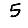
Digit: 5